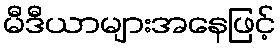
မီဒီယာများအနေဖြင့်